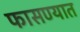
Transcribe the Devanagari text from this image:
फासण्यात